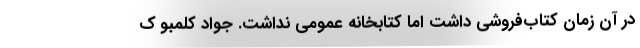
در آن زمان کتاب‌فروشی داشت اما کتابخانه عمومی نداشت. جواد کلمبو ک